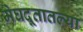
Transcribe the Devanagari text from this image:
मेघदूतातल्या